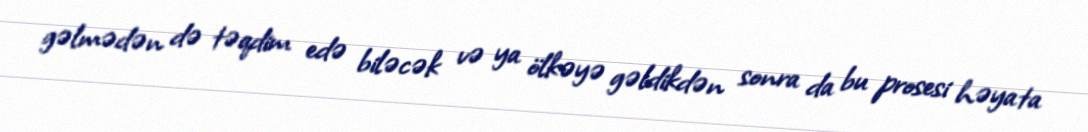
gəlmədən də təqdim edə biləcək və ya ölkəyə gəldikdən sonra da bu prosesi həyata